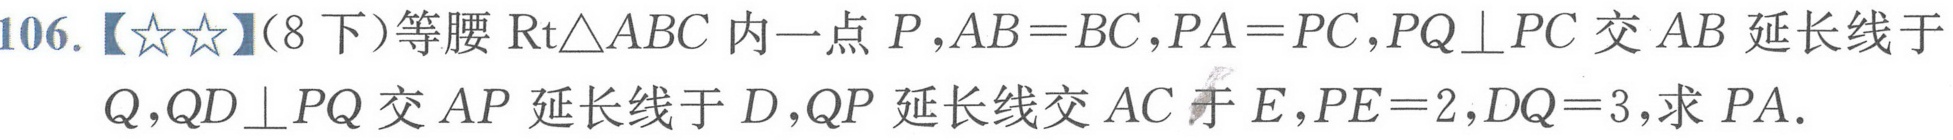
106.【★★】(8下)等腰 \(\text{Rt}\triangle ABC\) 内一点 \(P\)，\(AB = BC\)，\(PA = PC\)，\(PQ\perp PC\) 交 \(AB\) 延长线于 \(Q\)，\(QD\perp PQ\) 交 \(AP\) 延长线于 \(D\)，\(QP\) 延长线交 \(AC\) 于 \(E\)，\(PE = 2\)，\(DQ = 3\)，求 \(PA\).